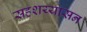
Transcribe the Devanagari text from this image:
सहशय्यासन